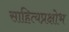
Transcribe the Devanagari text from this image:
साहित्यप्रक्षोभ